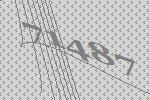
71487